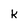
Character: K